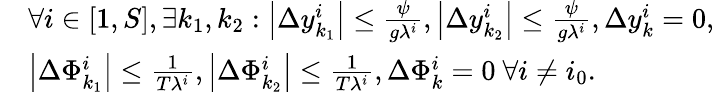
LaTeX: \begin{array}{rl}&{\forall i\in\left[1,S\right],\exists k_{1},k_{2}:\left|\Delta y_{k_{1}}^{i}\right|\leq\frac{\psi}{g\lambda^{i}},\left|\Delta y_{k_{2}}^{i}\right|\leq\frac{\psi}{g\lambda^{i}},\Delta y_{k}^{i}=0,}\\ &{\left|\Delta\Phi_{k_{1}}^{i}\right|\leq\frac{1}{T\lambda^{i}},\left|\Delta\Phi_{k_{2}}^{i}\right|\leq\frac{1}{T\lambda^{i}},\Delta\Phi_{k}^{i}=0\ \forall i\neq i_{0}.}\end{array}